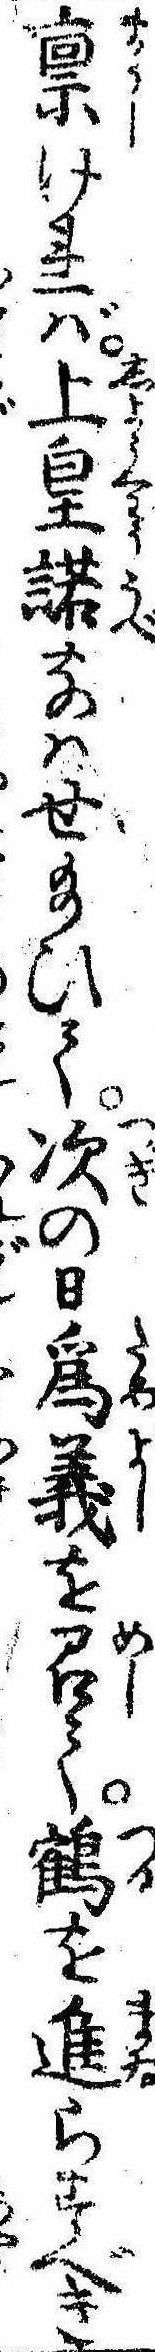
禀ければ上皇諾なはせ給ひて次の日為義を召て鶴を進らすべき